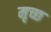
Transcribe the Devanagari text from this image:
मृच्छ